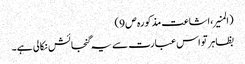
(المنیر،اشاعت مذکورہ ص 9)
بظاہر تو اس عبارت سے یہ گنجائش نکالی ہے۔